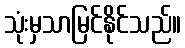
သုံးမှသာမြင်နိုင်သည်။